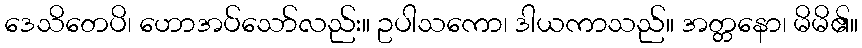
ဒေသိတေပိ၊ ဟောအပ်သော်လည်း။ ဥပါသကော၊ ဒါယကာသည်။ အတ္တနော၊ မိမိ၏။